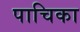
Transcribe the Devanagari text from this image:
पाचिका